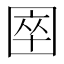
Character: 𡇻